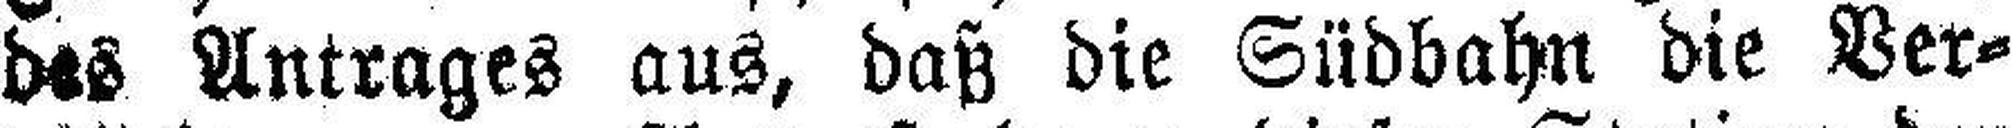
des Antrages aus, daß die Südbahn die Ver¬